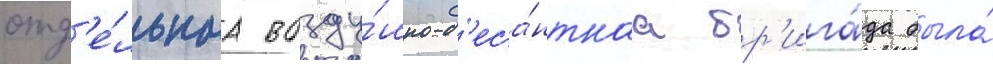
отд'е́льнаа возду́шно-д'еса́нтнаа бр'ига́да была́